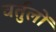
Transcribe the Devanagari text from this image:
वर्तुलों